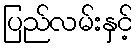
ပြည်လမ်းနှင့်